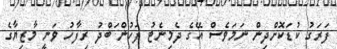
ފަރަގު ކުޑަކޮށްދިން ނަމަވެސް އޭގެ ދެމިނެޓު ފަހުން ަބްދު ރިފާހު ވަނީ މާޒިޔާގެ